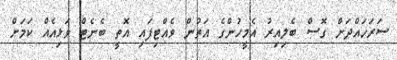
ސަރަހައްދަށް ގޮސް ބެލިއިރު އެމީހުންގެ އަތުން ވެއްޓިފައި އޮތީ ބެނެޓް ވަޅިއެއް ކަމަށް